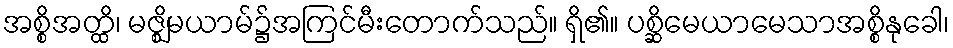
အစ္စိအတ္ထိ၊ မဇ္ဈိမယာမ်၌အကြင်မီးတောက်သည်။ ရှိ၏။ ပစ္ဆိမေယာမေသာအစ္စိနုခေါ၊